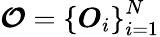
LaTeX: \boldsymbol{\mathcal{O}}=\left\{ \boldsymbol{O}_{i}\right\} _{i=1}^{N}